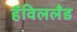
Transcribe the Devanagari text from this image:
हॅविललँड